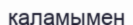
қаламымен